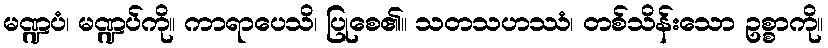
မဏ္ဍပံ၊ မဏ္ဍပ်ကို။ ကာရာပေသိ၊ ပြုစေ၏။ သတသဟဿံ၊ တစ်သိန်းသော ဥစ္စာကို။